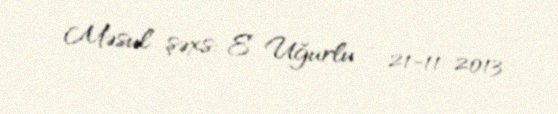
Məsul şəxs: E. Uğurlu - 21-11-2013